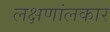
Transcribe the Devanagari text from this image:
लक्षणांलकार